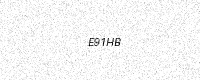
Text: E91HB